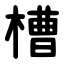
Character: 槽